Sketch of the medical history of the native army of Bombay, for the year
Year: 1875
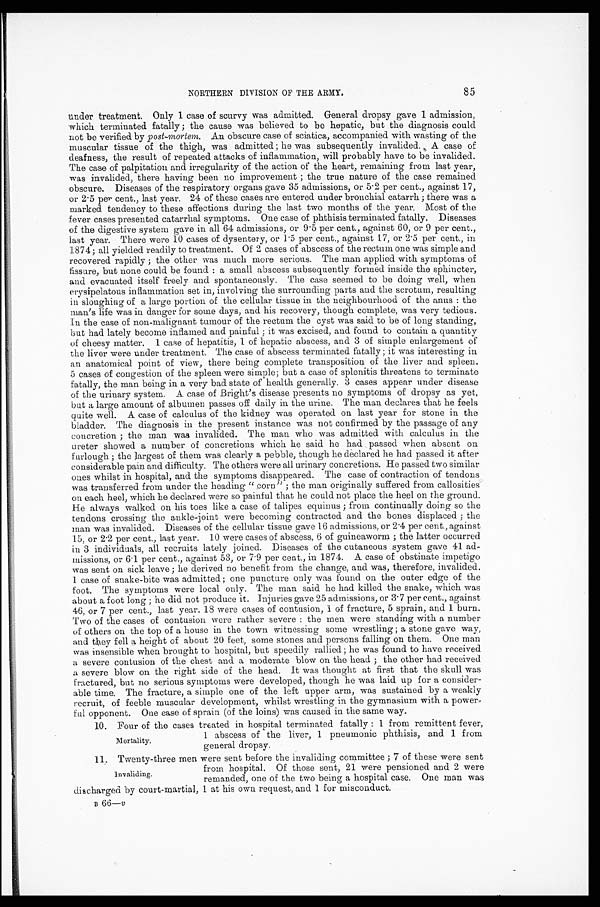
85
NORTHERN DIVISION OF THE ARMY.
under treatment. Only 1 case of scurvy was admitted. General dropsy gave 1 admission,
which terminated fatally; the cause was believed to be hepatic, but the diagnosis could
not be verified by post-mortem. An obscure case of sciatica, accompanied with wasting of the
muscular tissue of the thigh, was admitted; he was subsequently invalided. A case of
deafness, the result of repeated attacks of inflammation, will probably have to be invalided.
The case of palpitation and irregularity of the action of the heart, remaining from last year,
was invalided, there having been no improvement; the true nature of the case remained
obscure. Diseases of the respiratory organs gave 35 admissions, or 5.2 per cent., against 17,
or 2.5 per cent., last year. 24 of these cases are mitered under bronchial catarrh; there was a
marked tendency to these affections during the last two months of the year. Most of the
fever cases presented catarrhal symptoms. One case of phthisis terminated fatally. Diseases
of the digestive system gave in all (64 admissions, or 9.5 per cent., against 60, or 9 per cent.,
last year. There were 10 cases of dysentery, or 1.5 per cent., against 17, or 2.5 per cent., in
1874; all yielded readily to treatment. Of 2 cases of abscess of the rectum one was simple and
recovered rapidly; the other was much more serious. The man applied with symptoms of
fissure, but none could be found: a small abscess subsequently formed inside the sphincter,
and evacuated itself freely and spontaneously. The case seemed to be doing well, when
erysipelatous inflammation set in, involving the surrounding parts and the scrotum, resulting
in sloughing of a large portion of the cellular tissue in the neighbourhood of the anus: the
man's life was in danger for some days, and his recovery, though complete, was very tedious.
In the case of non-malignant tumour of the rectum the cyst was said to be of long standing,
but had lately become inflamed and painful; it was excised, and found to contain a quantity
of cheesy matter. 1 case of hepatitis, 1 of hepatic abscess, and 3 of simple enlargement of
the liver were under treatment. The case of abscess terminated fatally; it was interesting in
an anatomical point of view, there being complete transposition of the liver and spleen.
5 cases of congestion of the spleen were simple; but a case of splenitis threatens to terminate
fatally, the man being in a very bad state of health generally. 3 cases appear under disease
of the urinary system. A case of Bright's disease presents no symptoms of dropsy as yet,
but a large amount of albumen passes off daily in the urine. The man declares that he feels
Quite well. A case of calculus of the kidney was operated on last year for stone in the
bladder. The diagnosis in the present instance was not confirmed by the passage of any
concretion; the man was invalided. The man who was admitted with calculus in the
ureter showed a number of concretions which he said he had passed when absent on
furlough; the largest of them was clearly a pebble, though lie declared he had passed it after
considerable pain and difficulty. The others were all urinary concretions. He passed two similar
ones whilst in hospital, and the symptoms disappeared. The case of contraction of tendons
was transferred from under the heading "corn"; the man originally suffered from callosities
on each heel, which he declared were so painful that he could not place the heel on the ground.
He always walked on his toes like a case of talipes equinus; from continually doing so the
tendons crossing the ankle-joint were becoming contracted and the bones displaced; the
man was invalided. Diseases of the cellular tissue gave 16 admissions, or 2.4 per cent., against
15, or 2.2 per cent., last year. 10 were cases of abscess, 6 of guineaworm; the latter occurred
in 3 individuals, all recruits lately joined. Diseases of the cutaneous system gave 41 ad
-missions, or 6.1 per cent., against 53, or 7.9 per cent., in 1874. A case of obstinate impetigo
was sent on sick leave; lie derived no benefit from the change, and was, therefore, invalided.
1 case of snake-bite was admitted; one puncture only was found on the outer edge of the
foot. The symptoms were local only. The man said he had killed the snake, which was
about a foot long; he did not produce it. Injuries gave 25 admissions, or 3.7 per cent., against
46, or 7 per cent., last year. 18 were cases of contusion, 1 of fracture, 5 sprain, and 1 burn.
Two of the cases of contusion were rather severe: the men were standing with a number
of others on the top of a house in the town witnessing some wrestling; a stone gave way,
and they fell a height of about 20 feet, some stones and persons falling on them. One man
was insensible when brought to hospital, but speedily rallied; he was found to have received
a severe contusion of the chest and a moderate blow on the head; the other had received
a severe blow on the right side of the head. It was thought at first that the skull was
fractured, but no serious symptoms were developed, though he was laid up for a consider
-able time. The fracture, a simple one of the left upper arm, was sustained by a weakly
recruit, of feeble muscular development, whilst wrestling in the gymnasium with a power
-ful opponent. One case of sprain (of the loins) was caused in the same way.
10. Four of the cases treated in hospital terminated fatally: 1 from remittent fever,
1 abscess of the liver, 1 pneumonic phthisis, and 1 from
general dropsy.
11. Twenty-three men were sent before the invaliding committee; 7 of these were sent
from hospital. Of those sent, 21 were pensioned and 2 were
remanded, one of the two being a hospital case. One man was
discharged by court-martial, 1 at his own request, and 1 for misconduct.
B 6 6 —
ν
Mortality.
Invaliding.